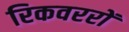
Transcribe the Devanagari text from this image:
रिकवररों